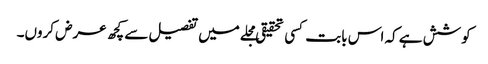
کوشش ہے کہ اس بابت کسی تحقیقی مجلے میں تفصیل سے کچھ عرض کروں۔